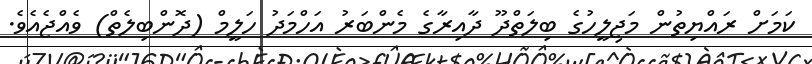
ކަމަށް ރައްޔިތުން މަޖިލީހުގެ ބިލަތްދޫ ދާއިރާގެ މެންބަރު އަހްމަދު ހަލީމް (ދޮންބިލެތް) ވެއްޖެއެވެ.